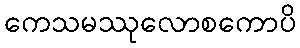
ကေသမဿုလောစကောပိ